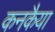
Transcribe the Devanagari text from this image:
कनकैया